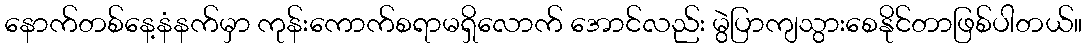
နောက်တစ်နေ့နံနက်မှာ ကုန်းကောက်စရာမရှိလောက် အောင်လည်း မွဲပြာကျသွားစေနိုင်တာဖြစ်ပါတယ်။